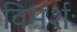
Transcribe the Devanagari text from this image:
विमर्शः